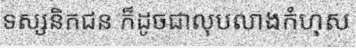
ទស្សនិកជន ក៏ដូចជាលុបលាងកំហុស